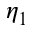
\eta _ { 1 }